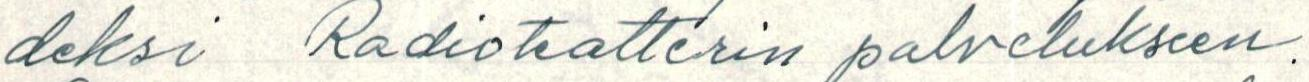
deksi Radioteatterin palvelukseen.